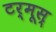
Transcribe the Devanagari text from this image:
टर्मूस्